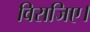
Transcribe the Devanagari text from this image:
विराजिए।